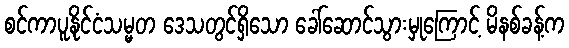
စင်ကာပူနိုင်ငံသမ္မတ ဒေသတွင်ရှိသော ခေါ်ဆောင်သွားမှုကြောင့် မိနစ်ခန့်က